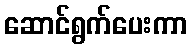
ဆောင်ရွက်ပေးကာ